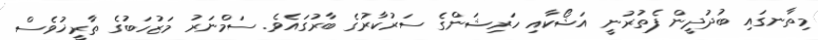
މިތާނގައި ބުދުދީން ފެތުރުނީ އަޝޯކާއި ހަރިޝަންގެ ސަރުކާރުގެ ބާރުގައެވެ. ސަމްނަރު މަޒުހަބުގެ ތާރީޚުވެސް